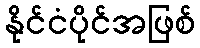
နိုင်ငံပိုင်အဖြစ်